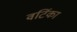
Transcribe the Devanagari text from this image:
वर्टिका